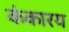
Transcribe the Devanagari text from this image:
कंकारय